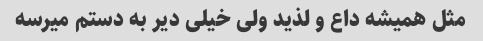
مثل همیشه داع و لذید ولی خیلی دیر به دستم میرسه